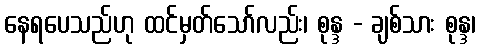
နေရပေသည်ဟု ထင်မှတ်သော်လည်း၊ စုန္ဒ - ချစ်သား စုန္ဒ၊